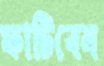
ফাটিবেন